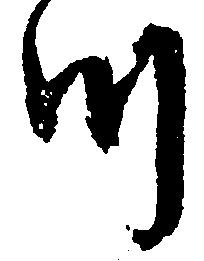
つ